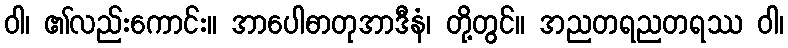
ဝါ၊ ၏လည်းကောင်း။ အာပေါဓာတုအာဒီနံ၊ တို့တွင်။ အညတရညတရဿ ဝါ၊